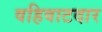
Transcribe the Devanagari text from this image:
वहिवाटदार